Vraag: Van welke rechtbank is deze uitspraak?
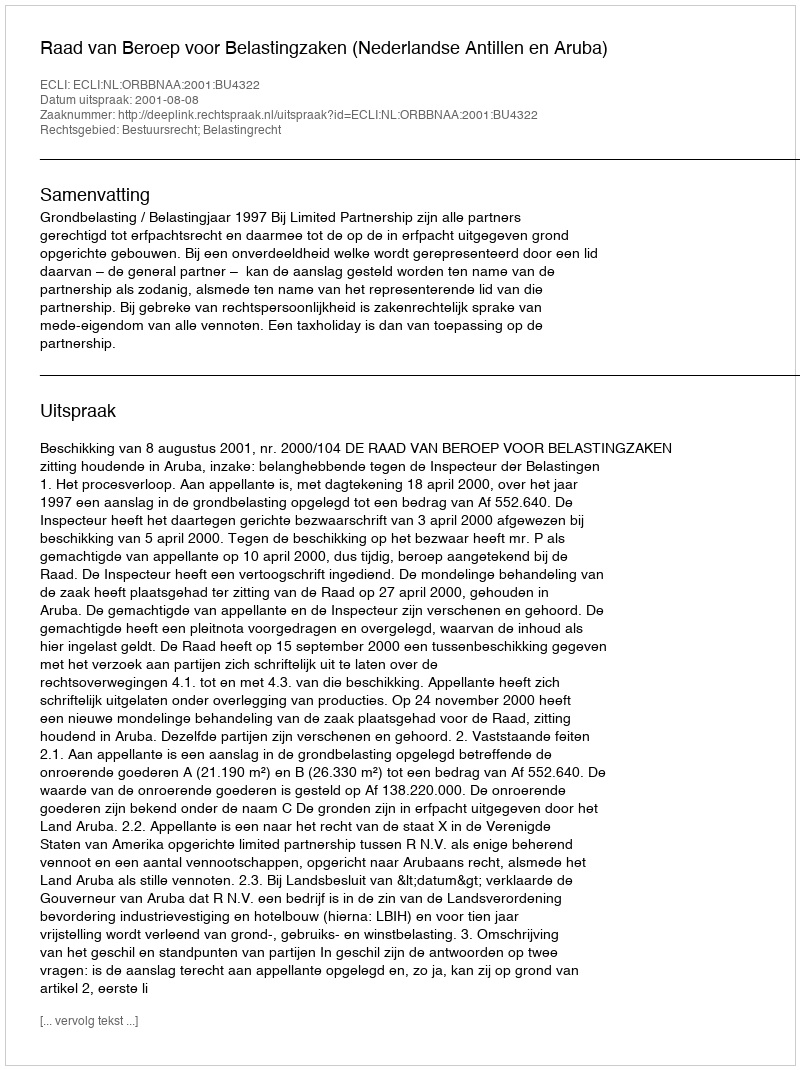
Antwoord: Raad van Beroep voor Belastingzaken (Nederlandse Antillen en Aruba)